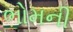
ભોમની